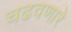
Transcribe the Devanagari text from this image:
चढवणारे